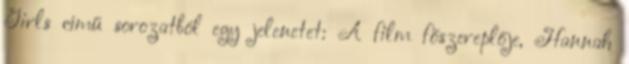
Girls című sorozatból egy jelenetet: A film főszereplője, Hannah